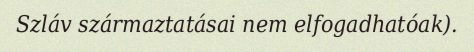
Szláv származtatásai nem elfogadhatóak).